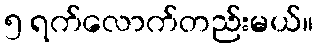
၅ ရက်လောက်တည်းမယ်။